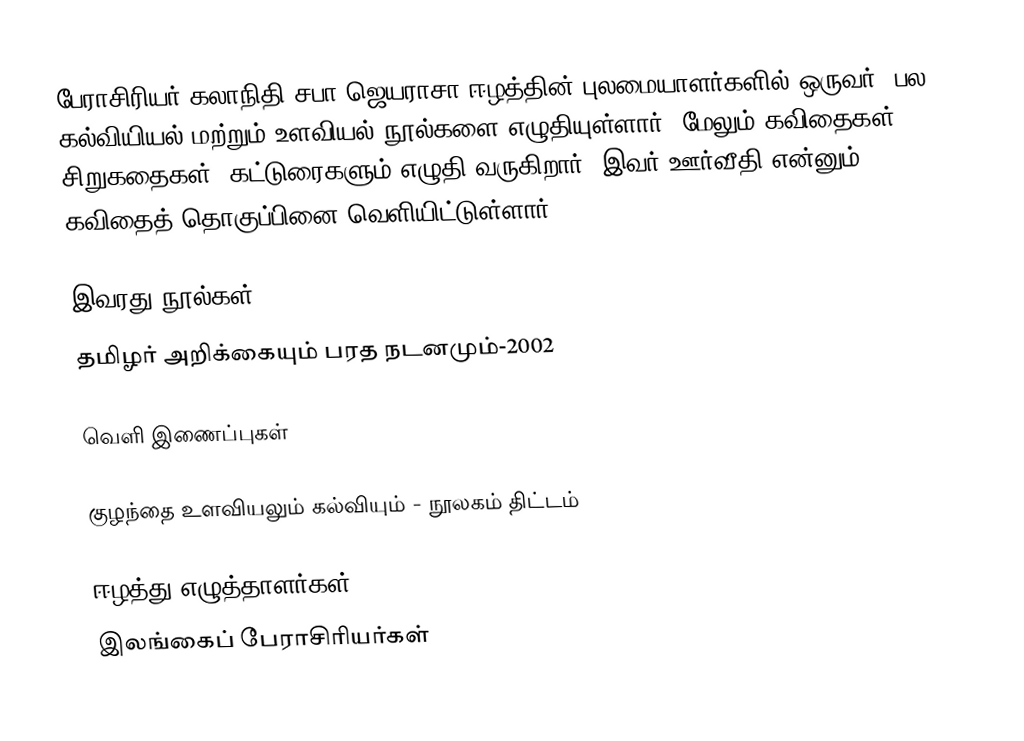
பேராசிரியர் கலாநிதி சபா ஜெயராசா ஈழத்தின் புலமையாளர்களில் ஒருவர். பல கல்வியியல் மற்றும் உளவியல் நூல்களை எழுதியுள்ளார். மேலும் கவிதைகள், சிறுகதைகள், கட்டுரைகளும் எழுதி வருகிறார். இவர் ஊர்வீதி என்னும் கவிதைத் தொகுப்பினை வெளியிட்டுள்ளார்.

இவரது நூல்கள்
தமிழர் அறிக்கையும் பரத நடனமும்-2002

வெளி இணைப்புகள்

 குழந்தை உளவியலும் கல்வியும் - நூலகம் திட்டம்

ஈழத்து எழுத்தாளர்கள்
இலங்கைப் பேராசிரியர்கள்